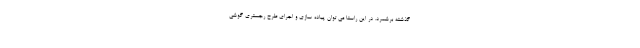
گذشته برشمرد. در این راستا می توان پیاده سازی و اجرای طرح رجستری گوشی